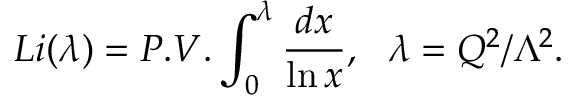
L i ( \lambda ) = P . V . \int _ { 0 } ^ { \lambda } \frac { d x } { \ln x } , ~ ~ \lambda = Q ^ { 2 } / \Lambda ^ { 2 } .